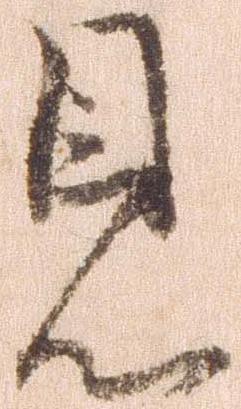
見